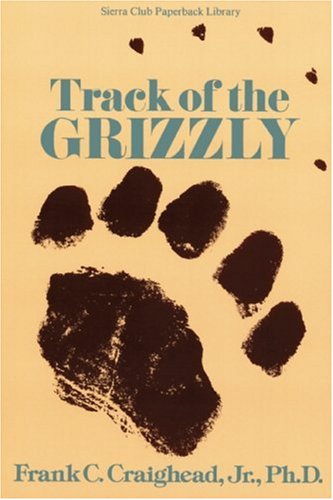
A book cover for Track of the Grizzly; Frank C. Craighead Jr.; Sports & Outdoors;